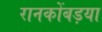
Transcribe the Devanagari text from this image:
रानकोंबड़या